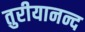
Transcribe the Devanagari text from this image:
तुरीयानन्द